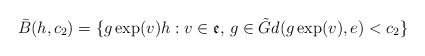
\begin{align*} \bar{B}(h,c_2)=\{g\exp(v)h:v\in \mathfrak{e},\,g\in \tilde{G}d(g\exp(v),e)<c_2\}\end{align*}